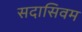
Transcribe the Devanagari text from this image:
सदासिवम